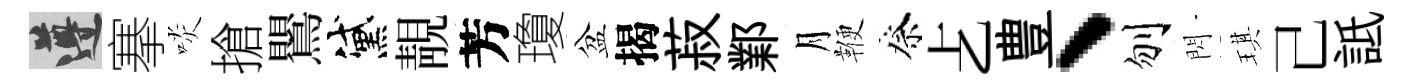
遵搴啖搶鸎黛靚芳瓊盆揭菽鄴月鞭祭𠧒豊、刎閃琪己詆